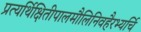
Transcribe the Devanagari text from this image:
प्रत्यर्थिक्षितीपालमौलिनिवहैरभ्यर्चि